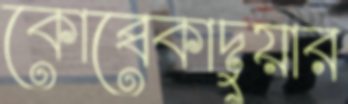
কোব্বেকাদুয়ার